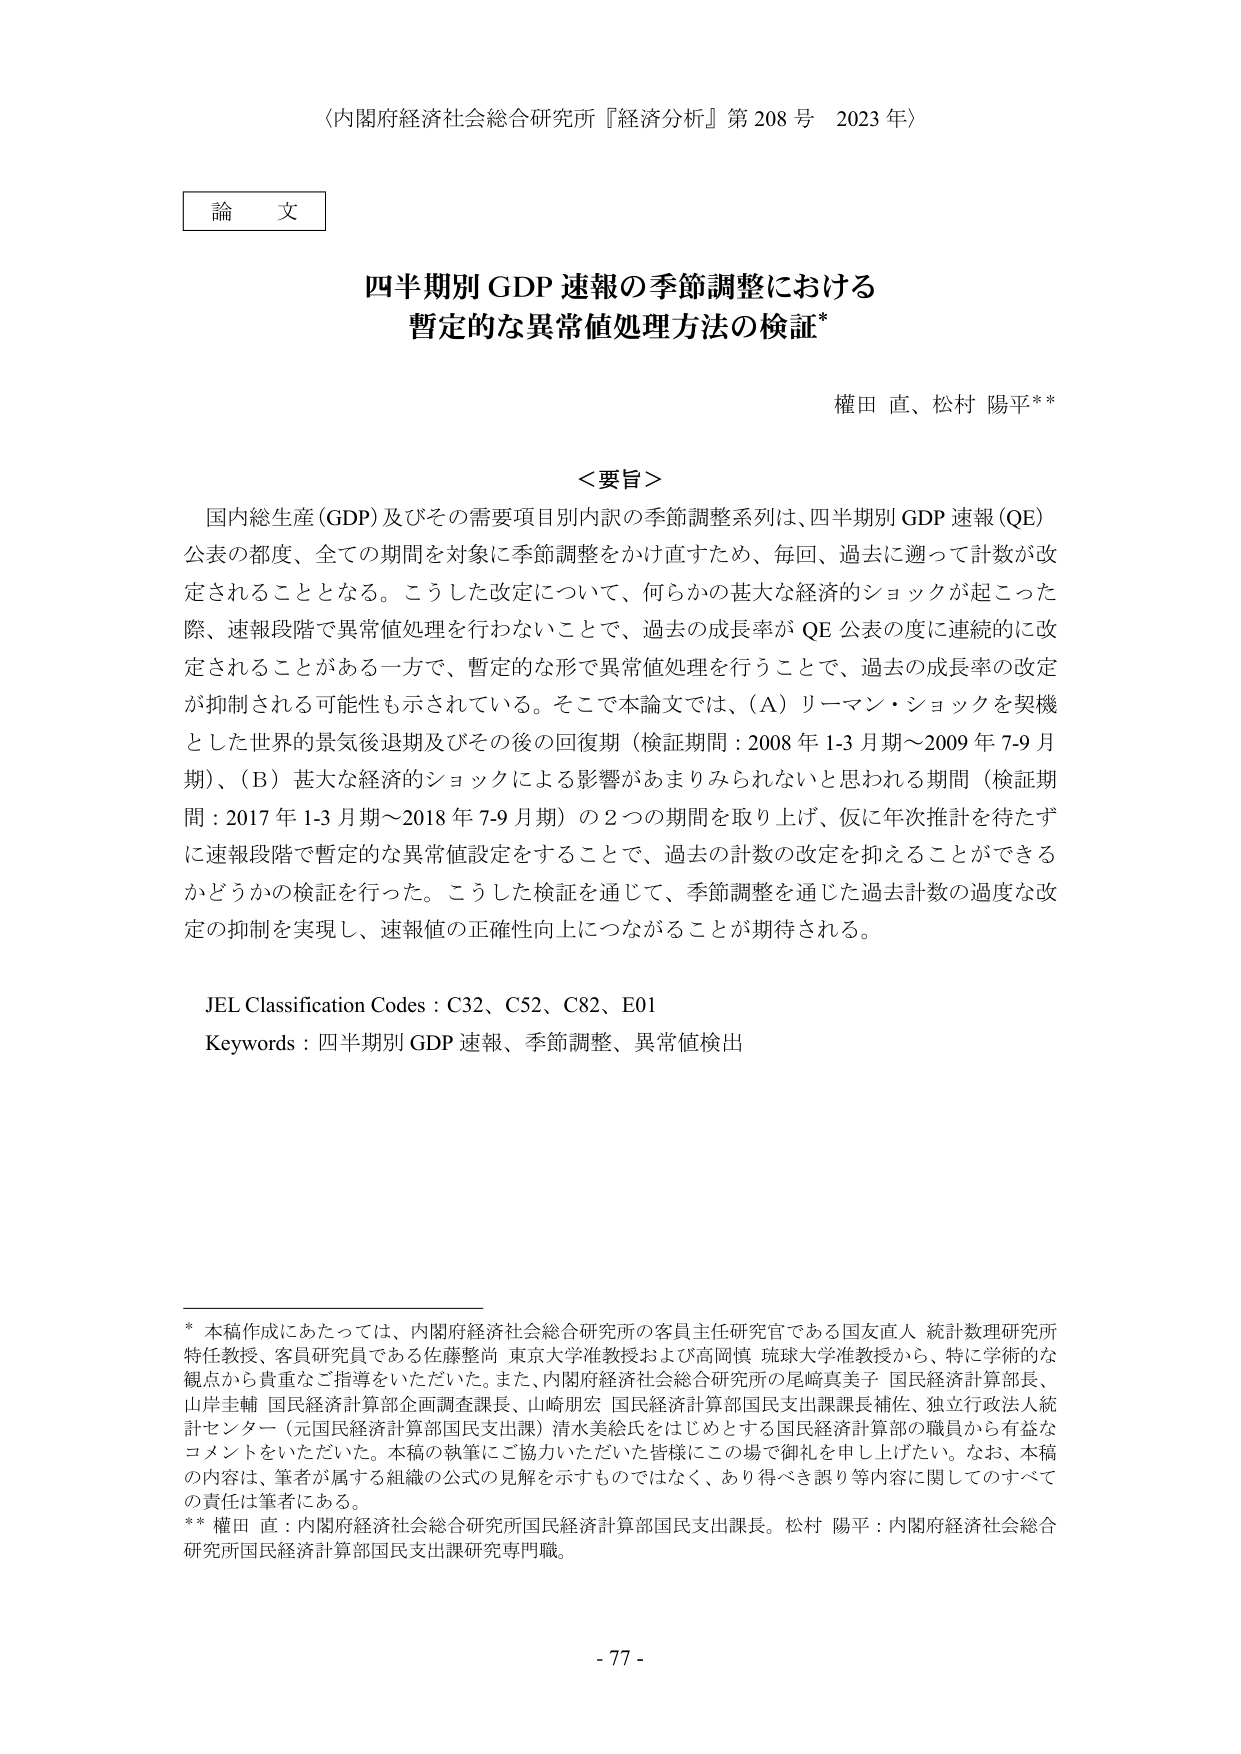
〈内閣府経済社会総合研究所『経済分析』第208号 2023年〉

論文

四半期別GDP速報の季節調整における
暫定的な異常値処理方法の検証*

権田 直、松村 陽平**

＜要旨＞
国内総生産（GDP）及びその需要項目別内訳の季節調整系列は、四半期別GDP速報（QE）公表の都度、全ての期間を対象に季節調整をかけ直すため、毎回、過去に遡って計数が改定されることとなる。こうした改定について、何らかの甚大な経済的ショックが起こった際、速報段階で異常値処理を行わないことで、過去の成長率がQE公表の度に連続的に改定されることがある一方で、暫定的な形で異常値処理を行うことで、過去の成長率の改定が抑制される可能性も示されている。そこで本論文では、（A）リーマン・ショックを契機とした世界的景気後退期及びその後の回復期（検証期間：2008年1-3月期～2009年7-9月期）、（B）甚大な経済的ショックによる影響があまりみられないと思われる期間（検証期間：2017年1-3月期～2018年7-9月期）の2つの期間を取り上げ、仮に年次推計を待たずに速報段階で暫定的な異常値設定をすることで、過去の計数の改定を抑えることができるかどうかの検証を行った。こうした検証を通じて、季節調整を通じた過去計数の過度な改定の抑制を実現し、速報値の正確性向上につながることが期待される。

JEL Classification Codes：C32、C52、C82、E01
Keywords：四半期別GDP速報、季節調整、異常値検出

* 本稿作成にあたっては、内閣府経済社会総合研究所の客員主任研究官である国友直人 統計数理研究所特任教授、客員研究員である佐藤整尚 東京大学准教授および高岡慎 琉球大学准教授から、特に学術的な観点から貴重なご指導をいただいた。また、内閣府経済社会総合研究所の尾﨑真美子 国民経済計算部長、山岸圭輔 国民経済計算部企画調査課長、山崎朋宏 国民経済計算部国民支出課課長補佐、独立行政法人統計センター（元国民経済計算部国民支出課）清水美絵氏をはじめとする国民経済計算部の職員から有益なコメントをいただいた。本稿の執筆にご協力いただいた皆様にこの場で御礼を申し上げたい。なお、本稿の内容は、筆者が属する組織の公式の見解を示すものではなく、あり得べき誤り等内容に関してのすべての責任は筆者にある。
** 権田 直：内閣府経済社会総合研究所国民経済計算部国民支出課長。松村 陽平：内閣府経済社会総合研究所国民経済計算部国民支出課研究専門職。

- 77 -